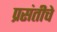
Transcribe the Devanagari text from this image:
प्रसंतीचे